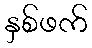
နှစ်ဖက်